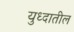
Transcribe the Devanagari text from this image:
युध्दातील